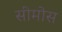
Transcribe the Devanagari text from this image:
सीमोस